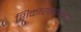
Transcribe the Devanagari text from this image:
शिकारकथांसाठी